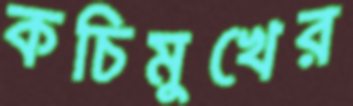
কচিমুখের